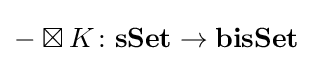
-\boxtimes K\colon \mathbf {sSet} \rightarrow \mathbf {bisSet}